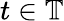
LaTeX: t\in\mathbb{T}